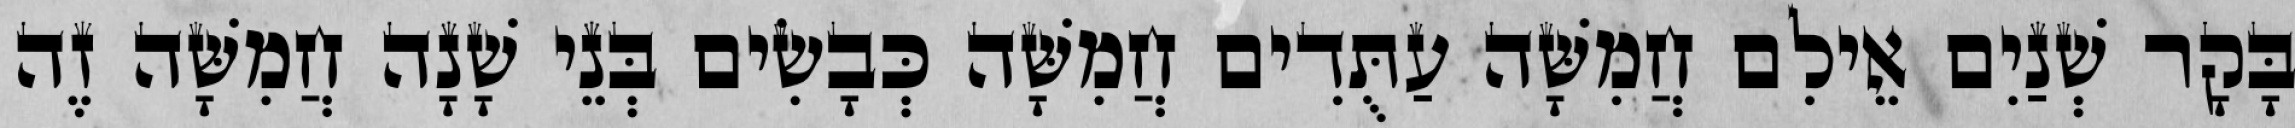
בָּקָר שְׁנַיִם אֵילִם חֲמִשָּׁה עַתֻּדִים חֲמִשָּׁה כְּבָשִׂים בְּנֵי שָׁנָה חֲמִשָּׁה זֶה